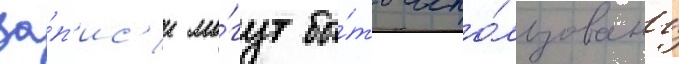
за́п'ис'и мо́гут бы́ть испо́льзованы